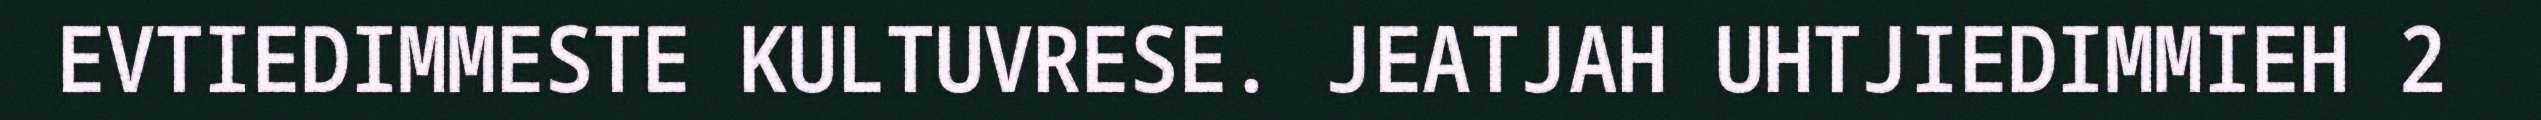
EVTIEDIMMESTE KULTUVRESE. JEATJAH UHTJIEDIMMIEH 2